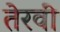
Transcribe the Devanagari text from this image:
तेरवीं